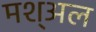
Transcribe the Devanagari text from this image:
मश्अल